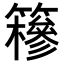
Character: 𥶠